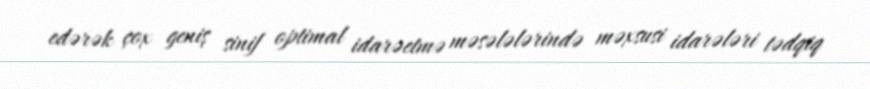
edərək çox geniş sinif optimal idarəetmə məsələlərində məxsusi idarələri tədqiq